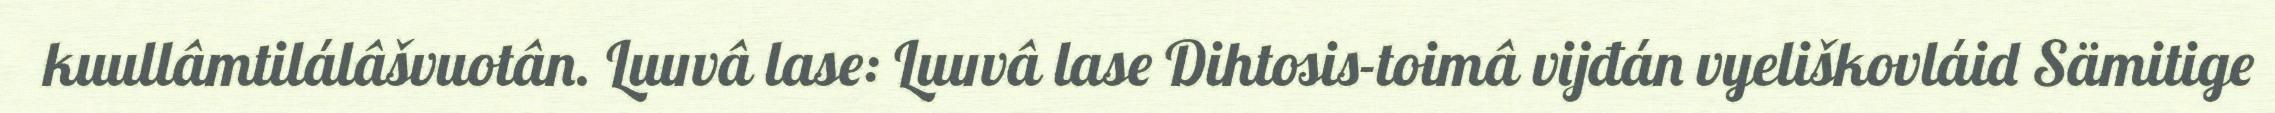
kuullâmtilálâšvuotân. Luuvâ lase: Luuvâ lase Dihtosis-toimâ vijđán vyeliškovláid Sämitige